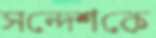
সন্দেশকে